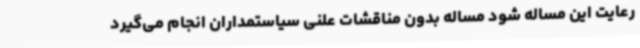
رعایت این مساله شود مساله بدون مناقشات علنی سیاستمداران انجام می‌گیرد